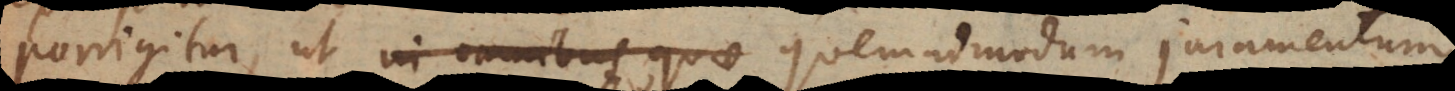
porrigitur, ut in omnibus quae quemadmodum juramentum